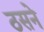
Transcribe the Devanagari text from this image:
ठसने